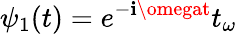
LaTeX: \psi_{1}(t)=e^{-\mathbf{i}\omegat}t_{\omega}